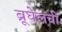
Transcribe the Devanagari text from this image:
ब्रूघेलची